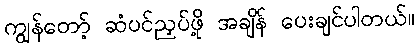
ကျွန်တော့် ဆံပင်ညှပ်ဖို့ အချိန် ပေးချင်ပါတယ်။